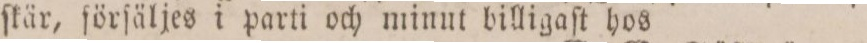
ſkär, förſäljes i parti och minut billigaſt hos